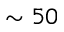
\sim 5 0